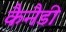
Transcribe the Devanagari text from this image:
कैनैडी